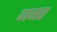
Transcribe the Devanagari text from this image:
जनर